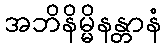
အဘိနိမ္မိနန္တာနံ